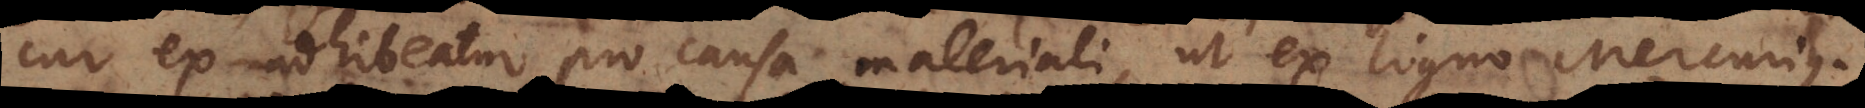
cur ex adhibeatur pro causa materiali, ut ex ligno Mercurius.